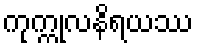
ကုက္ကုလနိရယဿ